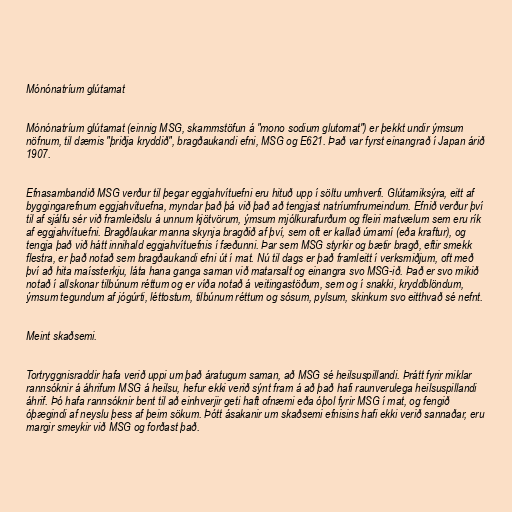
Mónónatríum glútamat

Mónónatríum glútamat (einnig MSG, skammstöfun á "mono sodium glutomat") er þekkt undir ýmsum
nöfnum, til dæmis "þriðja kryddið", bragðaukandi efni, MSG og E621. Það var fyrst einangrað í Japan árið
1907.

Efnasambandið MSG verður til þegar eggjahvítuefni eru hituð upp í söltu umhverfi. Glútamiksýra, eitt af
byggingarefnum eggjahvítuefna, myndar það þá við það að tengjast natríumfrumeindum. Efnið verður því
til af sjálfu sér við framleiðslu á unnum kjötvörum, ýmsum mjólkurafurðum og fleiri matvælum sem eru rík
af eggjahvítuefni. Bragðlaukar manna skynja bragðið af því, sem oft er kallað úmamí (eða kraftur), og
tengja það við hátt innihald eggjahvítuefnis í fæðunni. Þar sem MSG styrkir og bætir bragð, eftir smekk
flestra, er það notað sem bragðaukandi efni út í mat. Nú til dags er það framleitt í verksmiðjum, oft með
því að hita maíssterkju, láta hana ganga saman við matarsalt og einangra svo MSG-ið. Það er svo mikið
notað í allskonar tilbúnum réttum og er víða notað á veitingastöðum, sem og í snakki, kryddblöndum,
ýmsum tegundum af jógúrti, léttostum, tilbúnum réttum og sósum, pylsum, skinkum svo eitthvað sé nefnt.

Meint skaðsemi.

Tortryggnisraddir hafa verið uppi um það áratugum saman, að MSG sé heilsuspillandi. Þrátt fyrir miklar
rannsóknir á áhrifum MSG á heilsu, hefur ekki verið sýnt fram á að það hafi raunverulega heilsuspillandi
áhrif. Þó hafa rannsóknir bent til að einhverjir geti haft ofnæmi eða óþol fyrir MSG í mat, og fengið
óþægindi af neyslu þess af þeim sökum. Þótt ásakanir um skaðsemi efnisins hafi ekki verið sannaðar, eru
margir smeykir við MSG og forðast það.